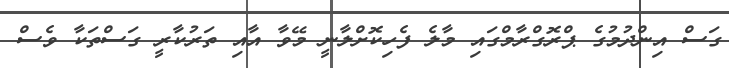
ގަސް އިންދުމުގެ ޕްރޮގްރާމްގައި މާލެ ފެހިކޮށްލާނީ މޭވާ އާއި ތަރުކާރީ ގަސްތަކާ ވެސް